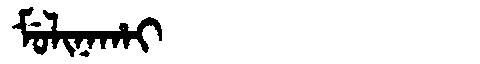
Manchu: ᠮᡠᠯᡳᠨᠠᡥᠠᡳ
Romanization: MULINAHAI